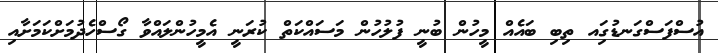
އުސްފަސްގަނޑުގަިއ ތިބި ބައެއް މީހުން ބުނީ ފުލުހުން މަސައްކަތް ކުރަނީ އެމީހުންލައްވާ ގޯސްހެދުމަށްކަމަށާއި